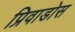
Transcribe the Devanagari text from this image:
प्रिवाडोस